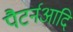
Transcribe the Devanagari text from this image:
पैटर्नआदि